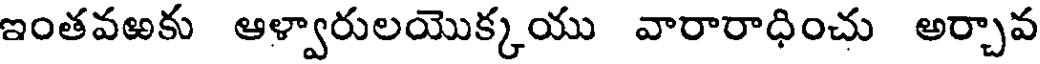
ఇంతవఱకు ఆళ్వారులయొక్కయు వారారాధించు అర్చావ